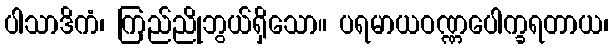
ပါသာဒိကံ၊ ကြည်ညိုဘွယ်ရှိသော။ ပရမာယဝဏ္ဏပေါက္ခရတာယ၊